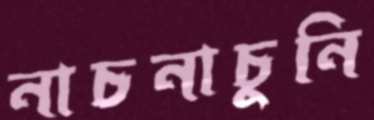
নাচনাচুনি